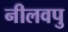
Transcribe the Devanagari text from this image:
नीलवपु